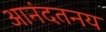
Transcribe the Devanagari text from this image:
आनंदतनय